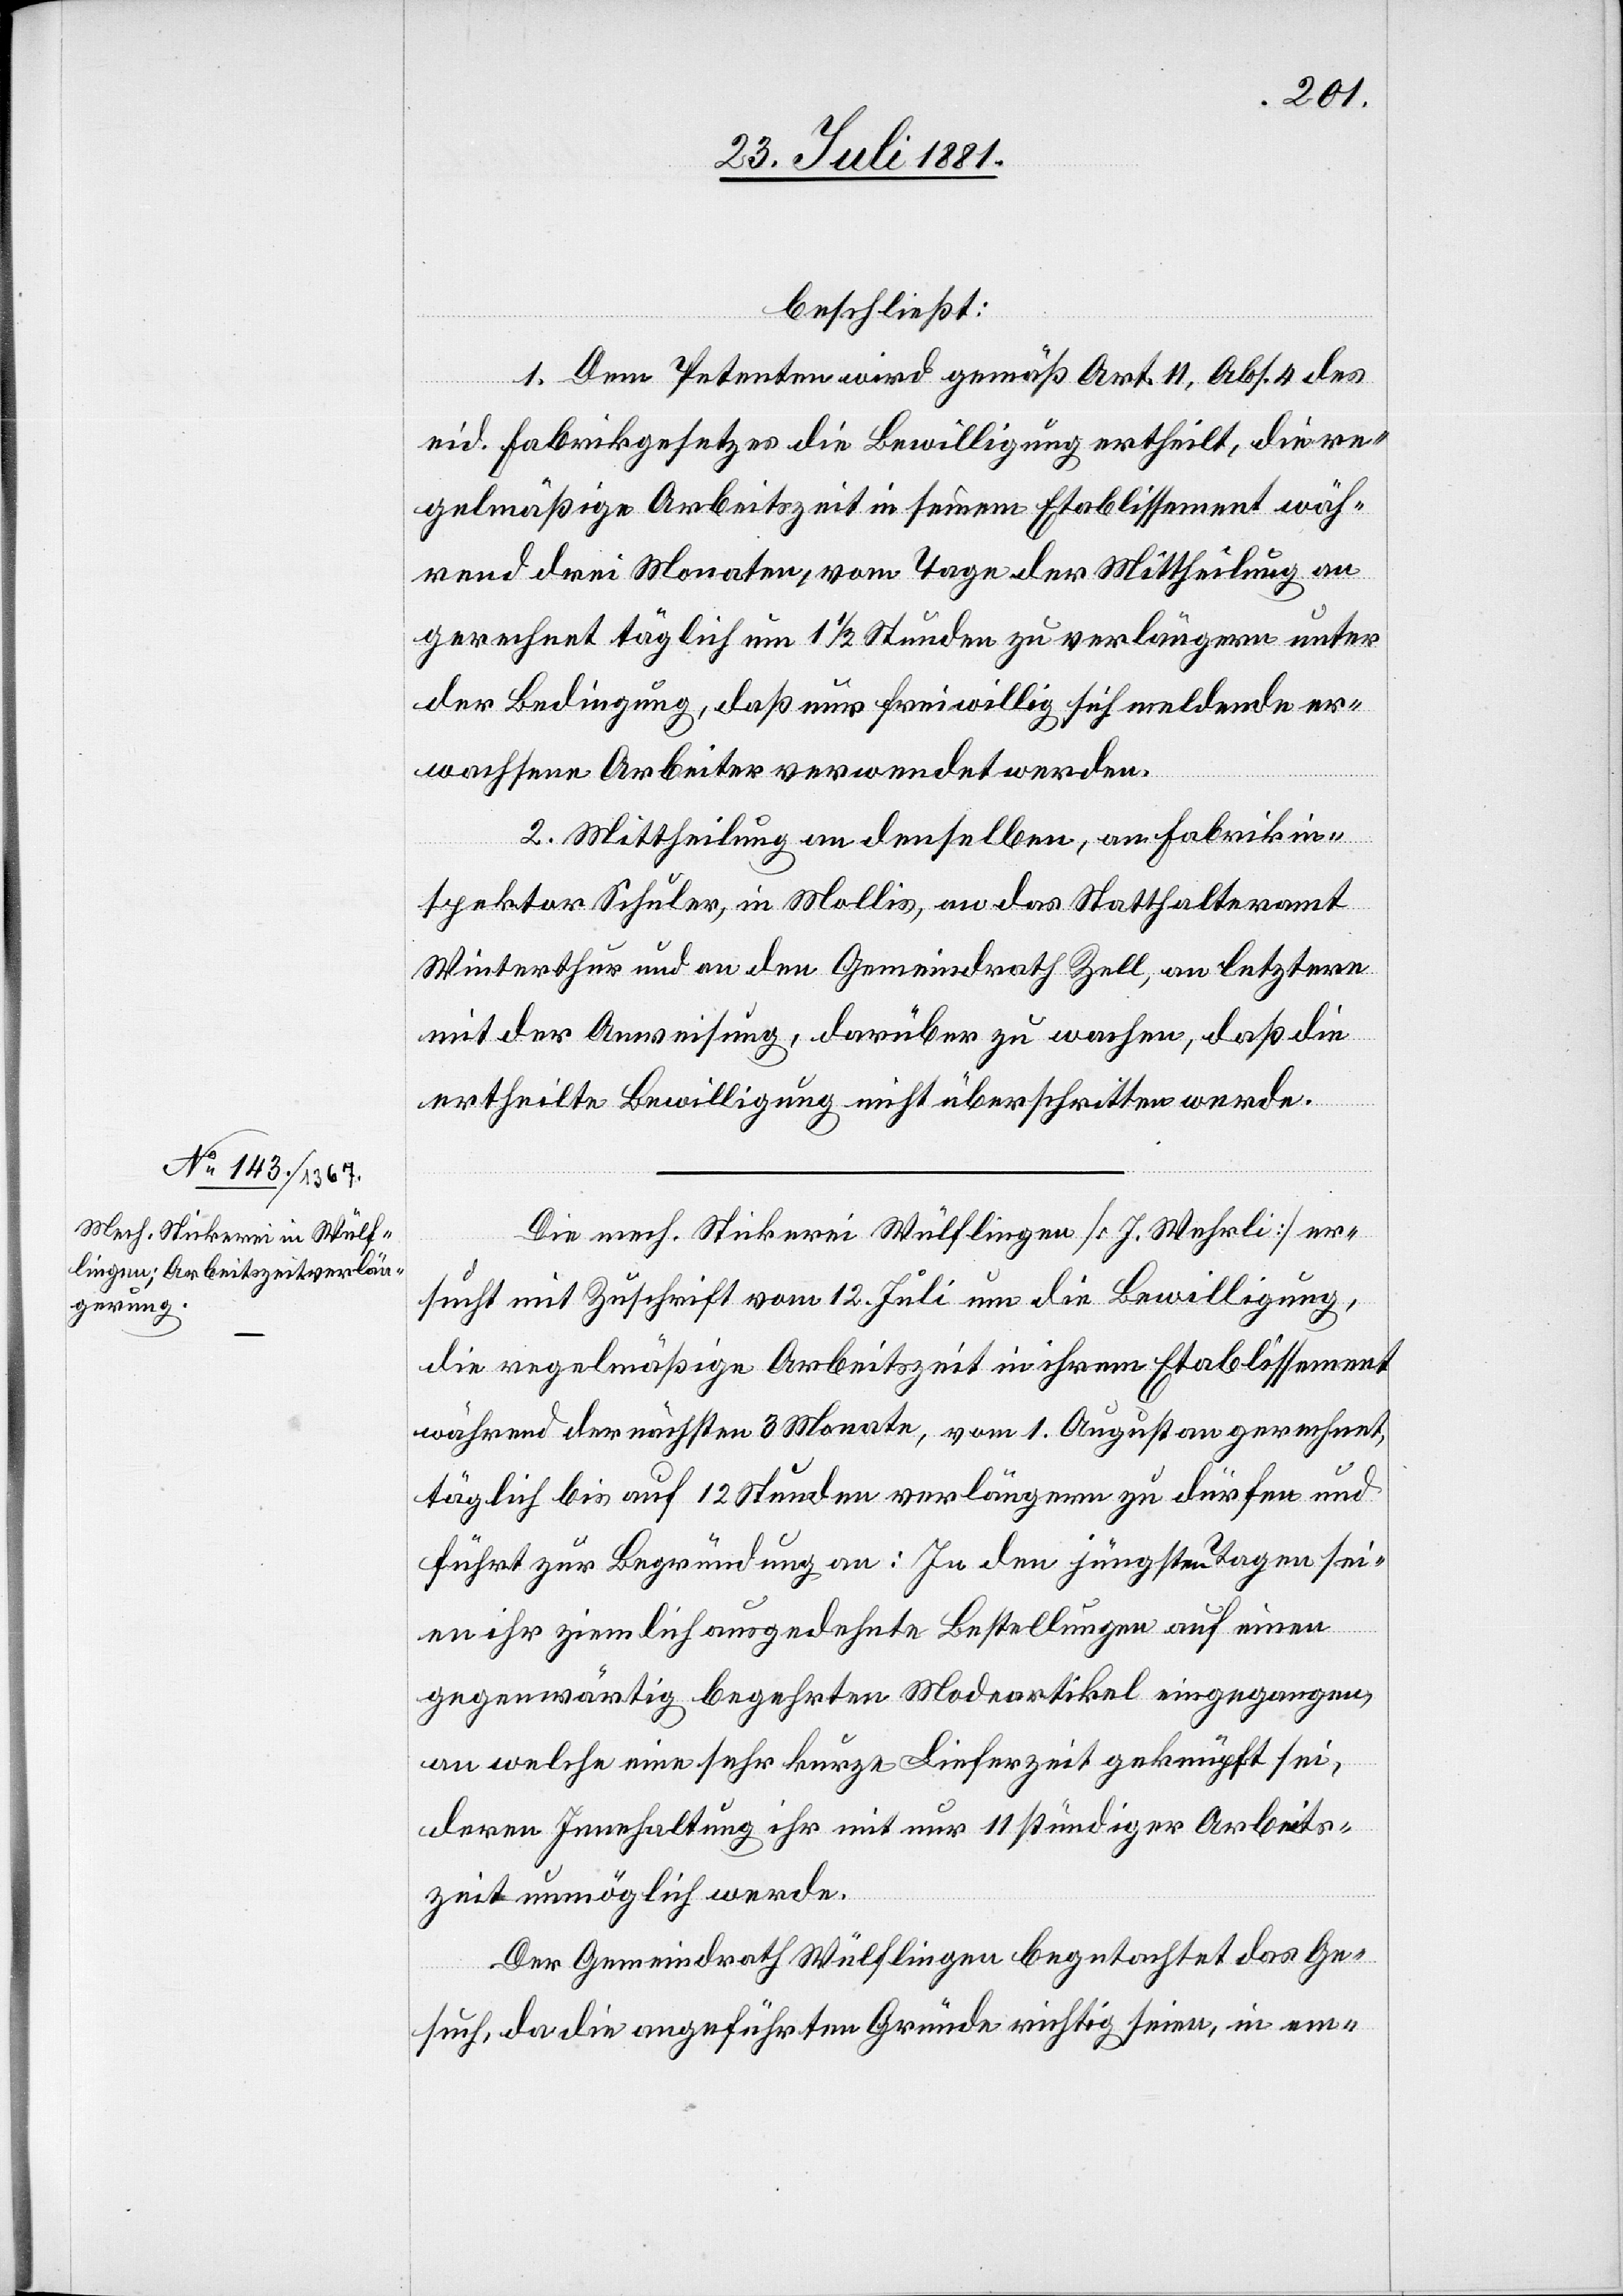
beschließt:
1. Dem Petenten wird gemäß Art. 11, Abs. 4 des
eid. Fabrikgesetzes die Bewilligung ertheilt, die re¬
gelmäßige Arbeitszeit in seinem Etablissement wäh¬
rend drei Monaten, vom Tage der Mittheilung an
gerechnet[,] täglich um 1 1/2 Stunden zu verlängern unter
der Bedingung, daß nur freiwillig sich meldende er¬
wachsene Arbeiter verwendet werden.
2. Mittheilung an denselben, an Fabrikin¬
spektor Schuler, in Mollis, an das Statthalteramt
Winterthur und an den Gemeindrath Zell, an letztern
mit der Anweisung, darüber zu wachen, daß die
ertheilte Bewilligung nicht überschritten werde.
Die mech. Stickerei Wülflingen [J. Wehrli] er¬
sucht mit Zuschrift vom 12. Juli um die Bewilligung,
die regelmäßige Arbeitszeit in ihrem Etablissement
während der nächsten 3 Monate, vom 1. August gerechnet,
täglich bis auf 12 Stunden verlängern zu dürfen und
führt zur Begründung an: In den jüngsten Tagen sei¬
en ihr ziemlich ausgedehnte Bestellungen auf einen
gegenwärtig begehrten Modeartikel eingegangen,
an welche eine sehr kurze Lieferzeit geknüpft sei,
deren Innehaltung ihr mit nur 11 stündiger Arbeits¬
zeit unmöglich werde.
Der Gemeindrath Wülflingen begutachtet das Ge¬
such, da die angeführten Gründe richtig seien, in em-